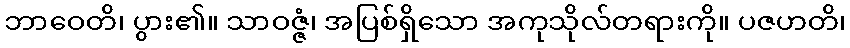
ဘာဝေတိ၊ ပွား၏။ သာဝဇ္ဇံ၊ အပြစ်ရှိသော အကုသိုလ်တရားကို။ ပဇဟတိ၊